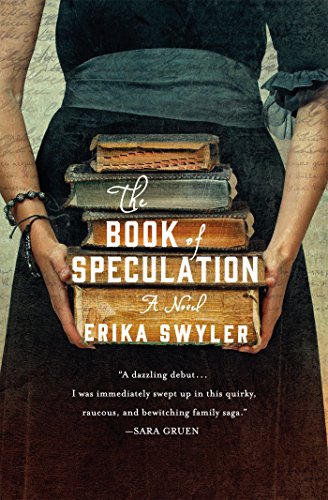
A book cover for The Book of Speculation: A Novel; Erika Swyler; Literature & Fiction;